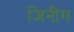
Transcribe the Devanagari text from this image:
जिनींग